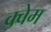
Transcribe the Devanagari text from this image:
क्वेम